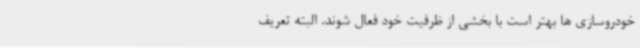
خودروسازی ها بهتر است با بخشی از ظرفیت خود فعال شوند. البته تعریف